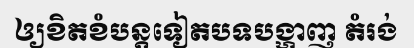
ឲ្យខិតខំបន្តទៀតបទបង្ហាញ តំរង់